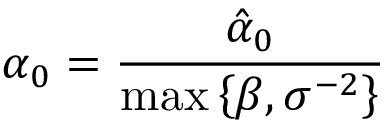
\alpha _ { 0 } = \frac { \hat { \alpha } _ { 0 } } { \operatorname* { m a x } \left\{ \beta , \sigma ^ { - 2 } \right\} }